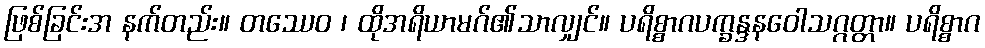
ဖြစ်ခြင်းအ နက်တည်း။ တဿေဝ ၊ ထိုအရိယာမဂ်၏သာလျှင်။ ပရိစ္စာဂပက္ခန္ဒနဝေါသဂ္ဂတ္တာ။ ပရိစ္စာဂ